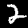
Digit: 2